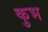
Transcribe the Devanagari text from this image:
कुभ